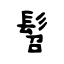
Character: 髫